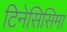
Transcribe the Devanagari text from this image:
टिनेसिसिमा